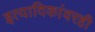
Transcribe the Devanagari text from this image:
इत्यादिकांवरही